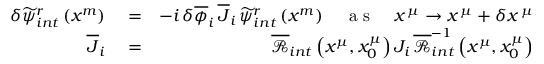
\begin{array} { r l r } { \delta \widetilde { \psi } _ { i n t } ^ { r } \left( x ^ { m } \right) } & { { } = } & { - i \, \delta \overline { { \phi } } _ { i } \, \overline { { J } } _ { i } \, \widetilde { \psi } _ { i n t } ^ { r } \left( x ^ { m } \right) \quad \mathrm { ~ a ~ s ~ } \quad x ^ { \, \mu } \rightarrow x ^ { \, \mu } + \delta x ^ { \, \mu } } \\ { \overline { { J } } _ { i } } & { { } = } & { \overline { { \mathcal { R } } } _ { i n t } \left( x ^ { \mu } , x _ { 0 } ^ { \mu } \right) J _ { i } \, \overline { { \mathcal { R } } } _ { i n t } ^ { - 1 } \left( x ^ { \mu } , x _ { 0 } ^ { \mu } \right) } \end{array}